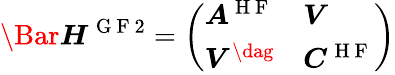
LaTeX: \Bar{\boldsymbol{H}}^{\mathrm{~G~F~}2}=\left(\begin{array}{ll}{\boldsymbol{A}^{\mathrm{~H~F~}}}&{\boldsymbol{V}}\\ {\boldsymbol{V}^{\dag}}&{\boldsymbol{C}^{\mathrm{~H~F~}}}\end{array}\right)